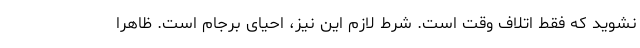
نشوید که فقط اتلاف وقت است. شرط لازم این نیز، احیای برجام است. ظاهراً